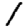
Digit: 1